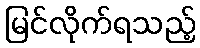
မြင်လိုက်ရသည့်